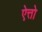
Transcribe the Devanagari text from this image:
ऐत्तो